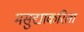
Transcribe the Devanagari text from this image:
मसुद्याकरिता